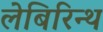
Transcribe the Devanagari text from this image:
लेबिरिन्थ